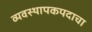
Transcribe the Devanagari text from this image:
व्यवस्थापकपदाचा